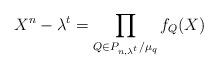
LaTeX: \begin{align*}X^n-\lambda^t=\prod_{Q\in P_{n,\lambda^t}/\mu_q}f_{Q}(X)\end{align*}